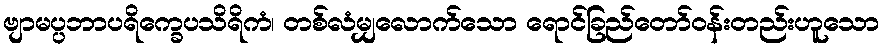
ဗျာမပ္ပဘာပရိက္ခေပသိရိကံ၊ တစ်လံမျှလောက်သော ရောင်ခြည်တော်ဝန်းတည်းဟူသော